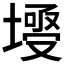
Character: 𡐄